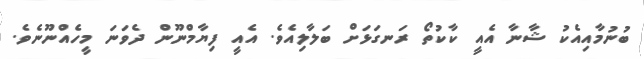
ބުނުމާއިއެކު ޝާނާ އެއީ ކާކުތޯ ރަނގަޅަށް ބަލާލިއެވެ. އެއީ ފިޔާމްނޫން ދެވަނަ މީހެއްނޫނެވެ.